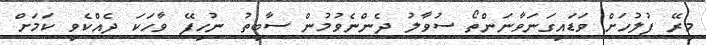
މިރޭ ފުލުހަށް ވަޑައިގަނަވާނަންތޯ ސުވާލު ދެންނެވުމުން ސާބިތު ނުހިފޭ ވާހަކަ ދެއްކެވި ކަމަށް